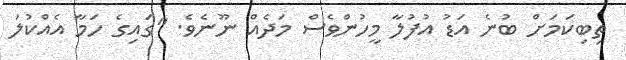
ތިބިކަމަށް ބުނެ އަޑު އުފުލާ މީހުންވެސް މަދެއް ނޫނެވެ. "ގައިގެ ހަމާ އެއްކުލަ